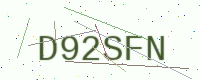
Text: D92SFN